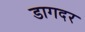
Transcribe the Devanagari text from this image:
डागदर